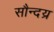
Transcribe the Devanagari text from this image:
सौन्दय्र